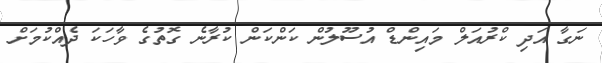
ނަގާ އަދި ކްރުއަލް މައިންޑް އުސޫލުން ކަންކަން ކުރާނެ ގޮތުގެ ވާހަކަ ދެއްކުމަށް